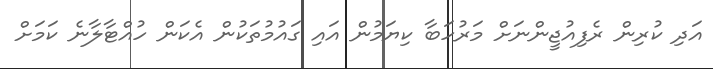
އަދި ކުރިން ރެފިއުޖީންނަށް މަރުހަބާ ކިޔަމުން އައި ގައުމުތަކުން އެކަން ހުއްޓާލާނެ ކަމަށް